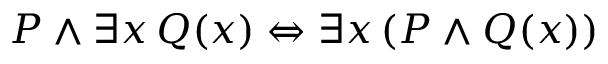
P \land \exists x \, Q ( x ) \Leftrightarrow \exists x \, ( P \land Q ( x ) )